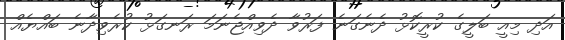
އަދި މިއީ ބަލީގެ ކުރީކޮޅު ދެނެގަނެ ފަރުވާ ދެވިއްޖެނަމަ ރަނގަޅު ކުރެވިދާނެ ބައްޔެއް